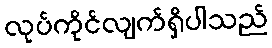
လုပ်ကိုင်လျက်ရှိပါသည်